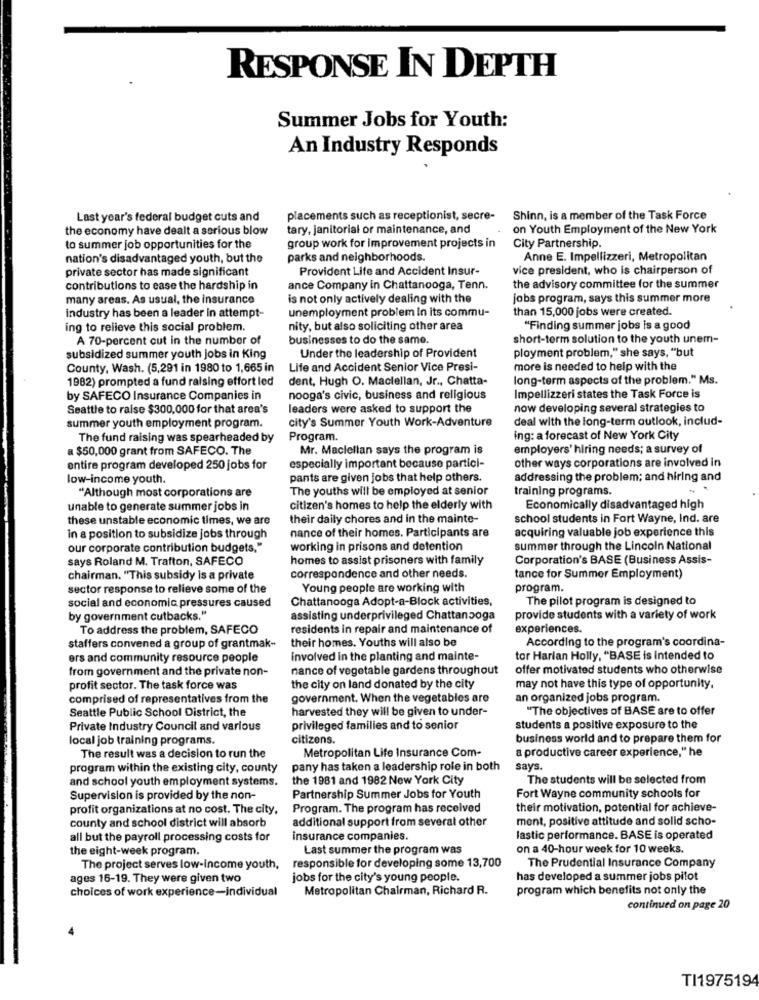
RESPONSE IN DEPTH
Summer Jobs for Youth:
An Industry Responds
Last year's federal budget cuts and
placements such as receptionist, secre-
Shinn, is a member of the Task Force
the economy have dealt a serious blow
tary, janitorial or maintenance, and
on Youth Employment of the New York
to summer job opportunities for the
group work for improvement projects in
City Partnership.
nation's disadvantaged youth, but the
parks and neighborhoods.
Anne E. Impellizzeri, Metropolitan
private sector has made significant
Provident Life and Accident Insur-
vice president, who is chairperson of
contributions to ease the hardship in
ance Company in Chattanooga, Tenn.
the advisory committee for the summer
many areas. As usual, the insurance
is not only actively dealing with the
jobs program, says this summer more
unemployment problem in its commu-
than 15,000 jobs were created.
industry has been a leader in attempt-
ing to relieve this social problem.
nity, but also soliciting other area
"Finding summer jobs is a good
A 70-percent cut in the number of
businesses to do the same.
short-term solution to the youth unem-
Under the leadership of Provident
ployment problem," she says, "but
subsidized summer youth jobs in King
County, Wash. (5,291 in 1980 to 1,665 in
Life and Accident Senior Vice Presi-
more is needed to help with the
1982) prompted a fund raising effort led
dent, Hugh O. Maclellan, Jr ., Chatta-
long-term aspects of the problem." Ms.
by SAFECO Insurance Companies in
nooga's civic, business and religious
Impellizzeri states the Task Force is
Seattle to raise $300,000 for that area's
leaders were asked to support the
now developing several strategies to
summer youth employment program.
city's Summer Youth Work-Adventure
deal with the long-term outlook, includ-
The fund raising was spearheaded by
Program.
ing: a forecast of New York City
a $50,000 grant from SAFECO. The
Mr. Maclellan says the program is
employers' hiring needs; a survey of
other ways corporations are involved in
entire program developed 250 jobs for
especially important because partici-
low-income youth.
pants are given jobs that help others.
addressing the problem; and hiring and
The youths will be employed at senior
training programs.
"Although most corporations are
unable to generate summer jobs in
citizen's homes to help the elderly with
Economically disadvantaged high
these unstable economic times, we are
their daily chores and in the mainte-
school students in Fort Wayne, Ind. are
nance of their homes. Participants are
acquiring valuable job experience this
in a position to subsidize jobs through
our corporate contribution budgets."
working in prisons and detention
summer through the Lincoln National
says Roland M. Trafton, SAFECO
homes to assist prisoners with family
Corporation's BASE (Business Assis-
chairman. "This subsidy is a private
correspondence and other needs.
tance for Summer Employment)
sector response to relieve some of the
Young people are working with
program.
social and economic pressures caused
Chattanooga Adopt-a-Block activities,
The pilot program is designed to
by government cutbacks."
assisting underprivileged Chattanooga
provide students with a variety of work
To address the problem, SAFECO
residents in repair and maintenance of
experiences.
their homes. Youths will also be
According to the program's coordina-
staffers convened a group of grantmak-
ers and community resource people
involved in the planting and mainte-
tor Harlan Holly, "BASE is intended to
from government and the private non-
nance of vegetable gardens throughout
offer motivated students who otherwise
profit sector. The task force was
the city on land donated by the city
may not have this type of opportunity.
comprised of representatives from the
government. When the vegetables are
an organized jobs program.
Seattle Public School District, the
harvested they will be given to under-
"The objectives of BASE are to offer
Private Industry Council and various
privileged families and to senior
students a positive exposure to the
local job training programs.
citizens.
business world and to prepare them for
Metropolitan Life Insurance Com-
a productive career experience," he
The result was a decision to run the
program within the existing city, county
pany has taken a leadership role in both
says.
and school youth employment systems.
the 1981 and 1982 New York City
The students will be selected from
Supervision is provided by the non-
Partnership Summer Jobs for Youth
Fort Wayne community schools for
profit organizations at no cost. The city.
Program. The program has received
their motivation, potential for achieve-
additional support from several other
ment, positive attitude and solid scho-
county and school district will absorb
all but the payroll processing costs for
insurance companies.
lastic performance. BASE is operated
the eight-week program.
Last summer the program was
on a 40-hour week for 10 weeks.
The project serves low-income youth,
responsible for developing some 13,700
The Prudential Insurance Company
ages 16-19. They were given two
jobs for the city's young people.
has developed a summer jobs pilot
choices of work experience-individual
Metropolitan Chairman, Richard R.
program which benefits not only the
continued on page 20
TI1975194